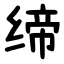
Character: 缔